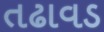
તઢાવડ